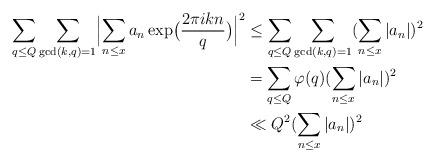
LaTeX: \begin{align*}\sum_{q \leq Q} \sum_{\gcd(k,q)=1} \Bigl| \sum_{n \leq x} a_n \exp \bigl(\frac{2 \pi i kn}{q} \bigr) \Bigr|^2 & \leq \sum_{q \leq Q} \sum_{\gcd(k,q)=1} (\sum_{n \leq x} |a_n|)^2 \\& = \sum_{q \leq Q} \varphi (q) (\sum_{n \leq x} |a_n|)^2 \\& \ll Q^2 (\sum_{n \leq x} |a_n|)^2\end{align*}